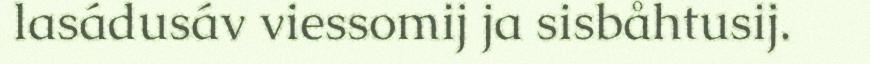
lasádusáv viessomij ja sisbåhtusij.